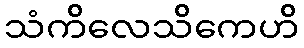
သံကိလေသိကေဟိ